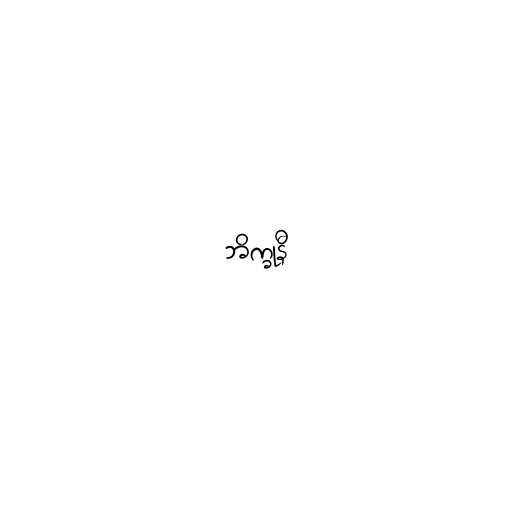
ဘိက္ခုနီ